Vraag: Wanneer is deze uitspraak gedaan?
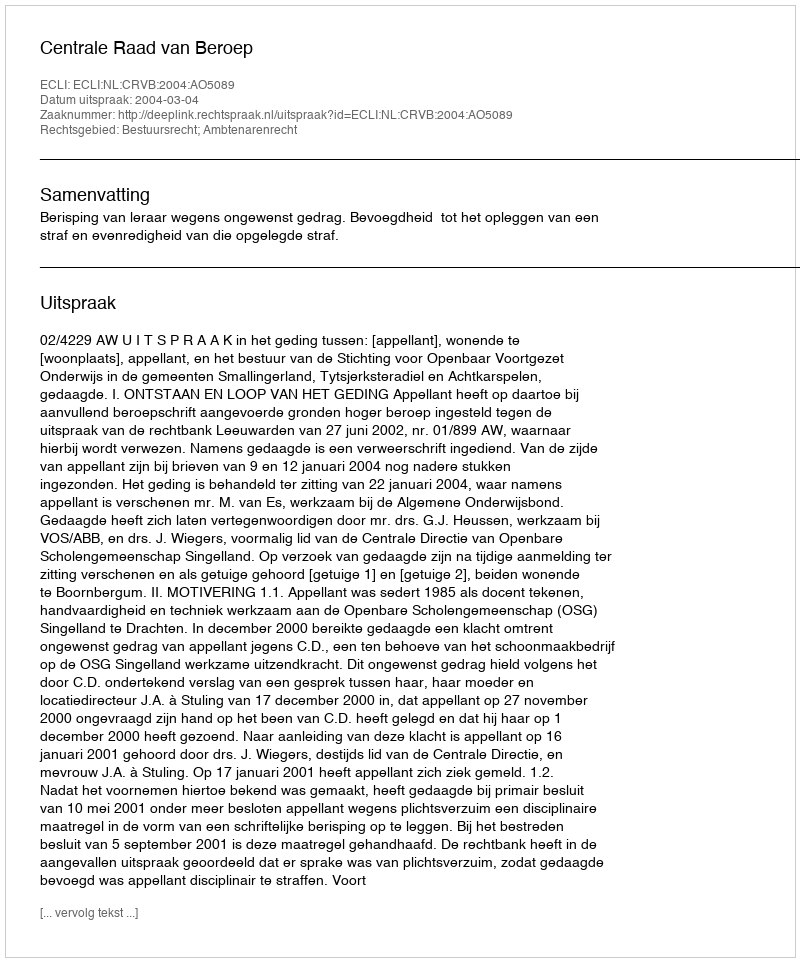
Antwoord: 2004-03-04